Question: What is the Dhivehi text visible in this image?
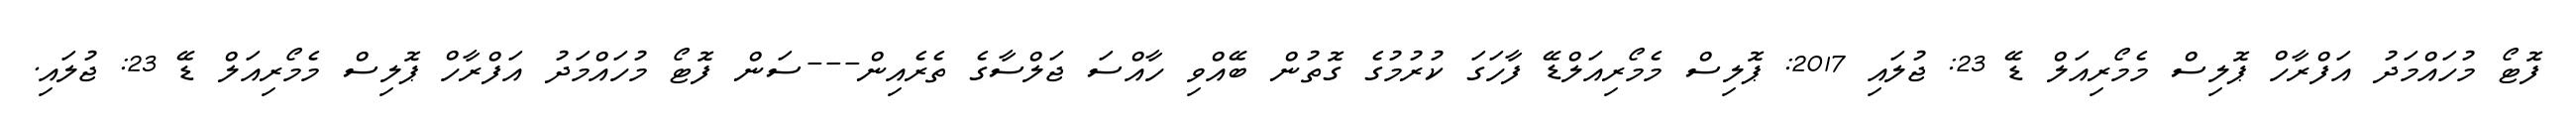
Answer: ފޮޓޯ މުހައްމަދު އަފްރާހް ޕޮލިސް މެމޯރިއަލް ޑޭ 23: ޖުލައި 2017: ޕޮލިސް މެމޯރިއަލްޑޭ ފާހަގަ ކުރުމުގެ ގޮތުން ބޭއްވި ހާއްސަ ޖަލްސާގެ ތެރެއިން---ސަން ފޮޓޯ މުހައްމަދު އަފްރާހް ޕޮލިސް މެމޯރިއަލް ޑޭ 23: ޖުލައި.